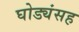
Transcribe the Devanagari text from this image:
घोड्यंसह